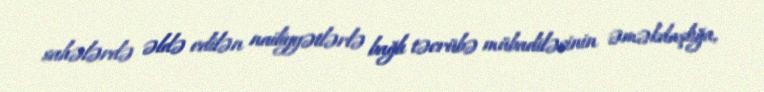
sahələrdə əldə edilən nailiyyətlərlə bağlı təcrübə mübadiləsinin əməkdaşlığa,